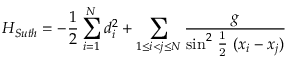
H _ { S u t h } = - \frac { 1 } { 2 } \sum _ { i = 1 } ^ { N } d _ { i } ^ { 2 } + \sum _ { 1 \leq i < j \leq N } \frac { g } { { \sin } ^ { 2 } \mathrm { ~ \frac { 1 } { 2 } ~ } ( x _ { i } - x _ { j } ) }